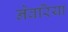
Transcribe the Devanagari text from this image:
नेवरिया